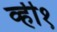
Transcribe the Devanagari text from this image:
व्ही१